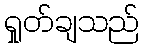
ရှုတ်ချသည်